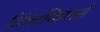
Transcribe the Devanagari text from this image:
किंगफिशर्स